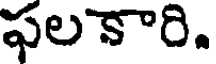
ఫలకారి.